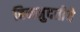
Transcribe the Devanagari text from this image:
बिनमुदतीचे